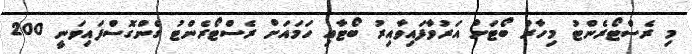
މި ރެސްޓޯރެންޓު މިހާރު ބޯޓަށް އަރުވާފައިވާއިރު ބޯޓާއި ހަމައަށް ރެސްޓޯރެންޓު ގެންގޮސްފައިވަނީ 200